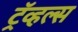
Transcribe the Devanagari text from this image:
ट्रॅव्हल्स